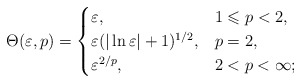
\begin{align*}\Theta (\varepsilon,p)=\begin{cases}\varepsilon ,&1\leqslant p<2,\\\varepsilon (\vert \ln \varepsilon \vert +1)^{1/2},&p=2,\\\varepsilon ^{2/p} ,&2<p<\infty;\end{cases}\end{align*}